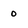
Character: 0